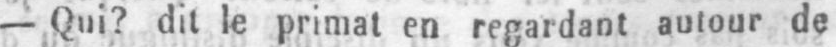
- Qui? dit le primat en regardant autour de